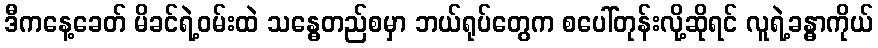
ဒီကနေ့ခေတ် မိခင်ရဲ့ဝမ်းထဲ သန္ဓေတည်စမှာ ဘယ်ရုပ်တွေက စပေါ်တုန်းလို့ဆိုရင် လူရဲ့ခန္ဓာကိုယ်